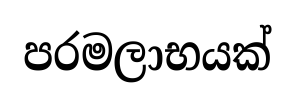
පරමලාභයක්